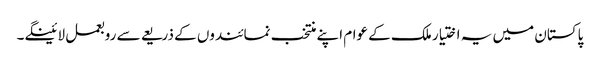
پاکستان میں یہ اختیار ملک کے عوام اپنے منتخب نمائندوں کے ذریعے سے روبعمل لائینگے۔